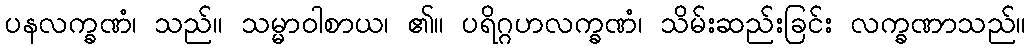
ပနလက္ခဏံ၊ သည်။ သမ္မာဝါစာယ၊ ၏။ ပရိဂ္ဂဟလက္ခဏံ၊ သိမ်းဆည်းခြင်း လက္ခဏာသည်။